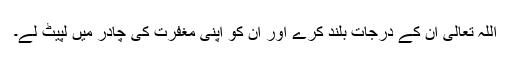
اللہ تعالیٰ ان کے درجات بلند کرے اور ان کو اپنی مغفرت کی چادر میں لپیٹ لے۔